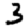
Digit: 3